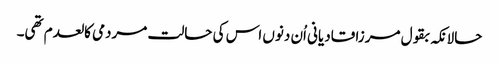
حالانکہ بقول مرزا قادیانی اُن دنوں اس کی حالت مردمی کالعدم تھی۔